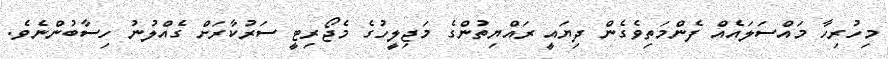
މިހުރިހާ މައްސަލައެއް ފެންމަތިވެގެން ދިޔައީ ރައްޔިތުންގެ މަޖިލީހުގެ މެޖޯރިޓީ ސަރުކާރަށް ގެއްލުނު ހިސާބުންނެވެ.